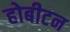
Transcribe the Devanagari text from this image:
होबीटन